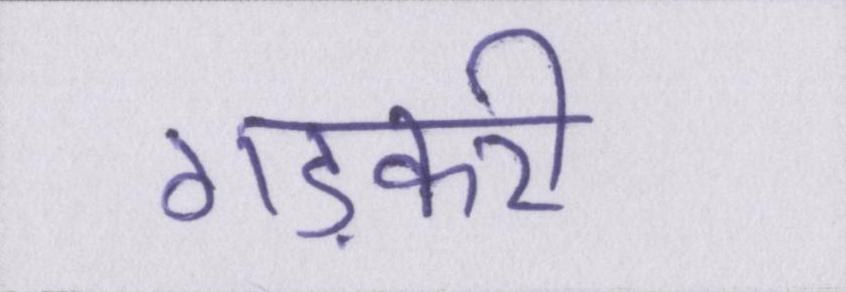
गड़करी